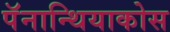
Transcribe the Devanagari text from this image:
पॅनान्थियाकोस